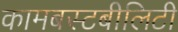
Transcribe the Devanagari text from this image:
कामबस्टबीलिटी